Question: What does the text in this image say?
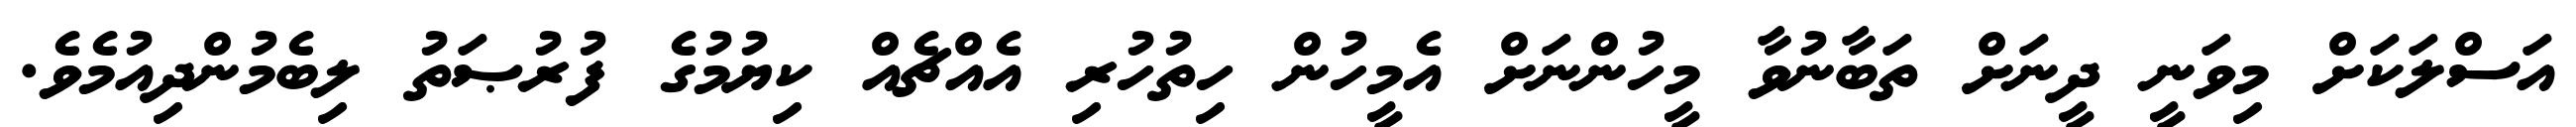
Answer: އަސްލަކަށް މިވަނީ ދީނަށް ތަބާނުވާ މީހުންނަށް އެމީހުން ހިތުހުރި އެއްޗެއް ކިޔުމުގެ ފުރުޞަތު ލިބެމުންދިއުމެވެ.